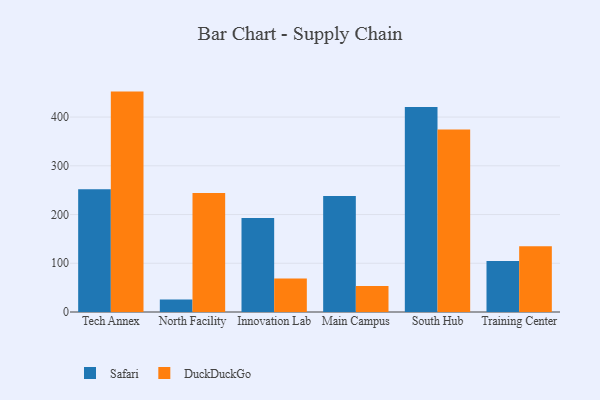
{"axis": {"x": "Campus", "y": "Page Views"}, "legend": ["DuckDuckGo", "Safari"], "data": [{"x": "Tech Annex", "y": 251.7, "type": "Safari"}, {"x": "Tech Annex", "y": 452.3, "type": "DuckDuckGo"}, {"x": "North Facility", "y": 25.5, "type": "Safari"}, {"x": "North Facility", "y": 244.4, "type": "DuckDuckGo"}, {"x": "Innovation Lab", "y": 193.0, "type": "Safari"}, {"x": "Innovation Lab", "y": 68.7, "type": "DuckDuckGo"}, {"x": "Main Campus", "y": 237.9, "type": "Safari"}, {"x": "Main Campus", "y": 53.3, "type": "DuckDuckGo"}, {"x": "South Hub", "y": 420.8, "type": "Safari"}, {"x": "South Hub", "y": 374.3, "type": "DuckDuckGo"}, {"x": "Training Center", "y": 104.8, "type": "Safari"}, {"x": "Training Center", "y": 134.9, "type": "DuckDuckGo"}]}